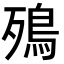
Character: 殦